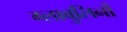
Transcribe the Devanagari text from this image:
ग्लाबुलिनों